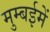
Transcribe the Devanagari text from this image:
मुम्बईमें